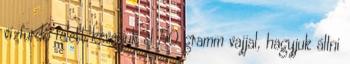
vízfürdő felett keverjük el 50 gramm vajjal, hagyjuk állni